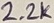
Text: 2.2K